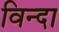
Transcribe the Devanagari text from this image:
विन्दा